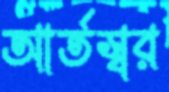
আর্তস্বর